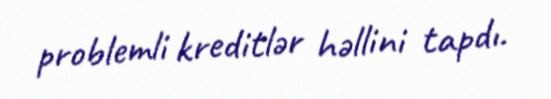
problemli kreditlər həllini tapdı.